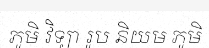
ភូមិ វិទ្យា រូប និយម ភូមិ